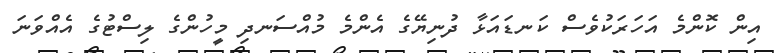
އިން ކޮންމެ އަހަރަކުވެސް ކަނޑައަޅާ ދުނިޔޭގެ އެންމެ މުއްސަނދި މީހުންގެ ލިސްޓުގެ އެއްވަނަ